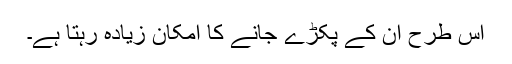
اس طرح ان کے پکڑے جانے کا امکان زیادہ رہتا ہے۔